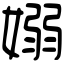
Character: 嫋